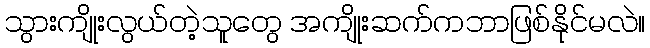
သွားကျိုးလွယ်တဲ့သူတွေ အကျိုးဆက်ကဘာဖြစ်နိုင်မလဲ။